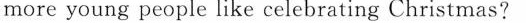
more young people like celebrating Christmas?